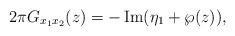
LaTeX: \begin{align*}2\pi G_{x_{1}x_{2}}(z)=-\operatorname{Im}(\eta_{1}+\wp(z)), \end{align*}